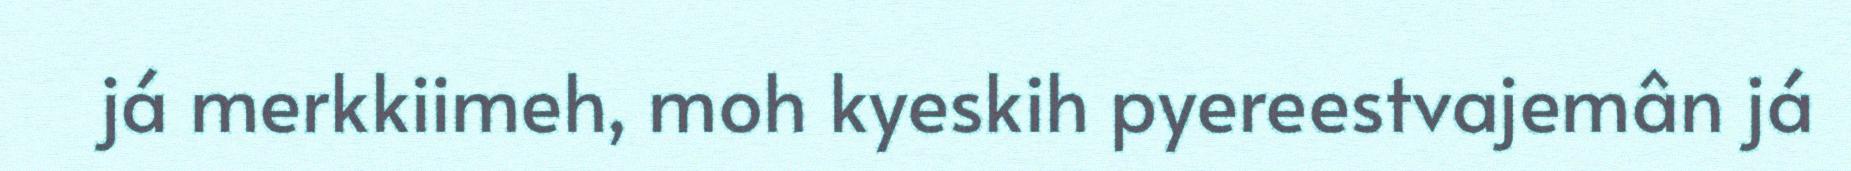
já merkkiimeh, moh kyeskih pyereestvajemân já